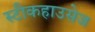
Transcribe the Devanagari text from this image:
स्टीकहाउसेज